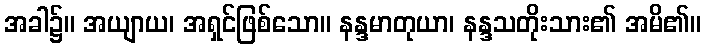
အခါ၌။ အယျာယ၊ အရှင်ဖြစ်သော။ နန္ဒမာတုယာ၊ နန္ဒသတိုးသား၏ အမိ၏။